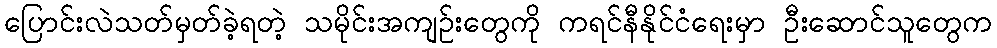
ပြောင်းလဲသတ်မှတ်ခဲ့ရတဲ့ သမိုင်းအကျဉ်းတွေကို ကရင်နီနိုင်ငံရေးမှာ ဦးဆောင်သူတွေက